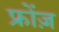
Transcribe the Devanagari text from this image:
फ्रोंज़